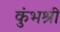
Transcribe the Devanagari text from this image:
कुंभश्री